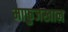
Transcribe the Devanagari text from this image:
माफुजखान